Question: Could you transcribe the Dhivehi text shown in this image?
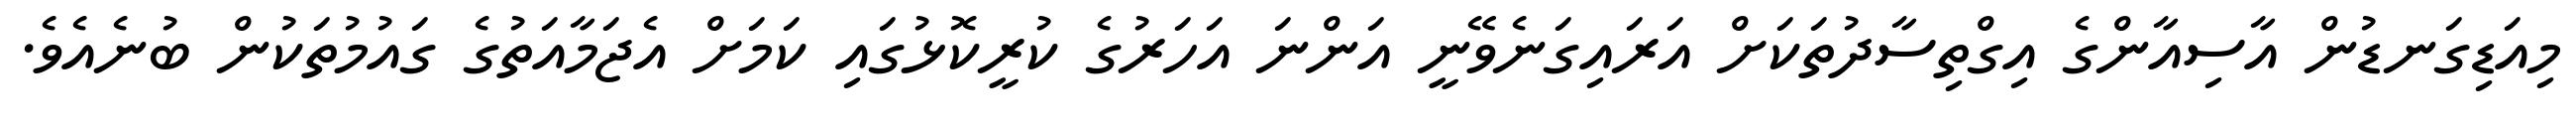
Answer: މިއަޑިގަނޑުން އާސިއާންގެ އިގްތިސާދުތަކަށް އަރައިގަނެވޭނީ އަންނަ އަހަރުގެ ކުރީކޮޅުގައި ކަމަށް އެޖަމާއަތުގެ ގައުމުތަކުން ބުނެއެވެ.